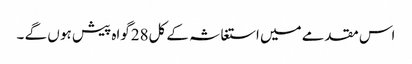
اس مقدمے میں استغاثہ کے کل28گواہ پیش ہو ں گے ۔